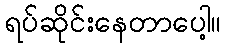
ရပ်ဆိုင်းနေတာပေါ့။